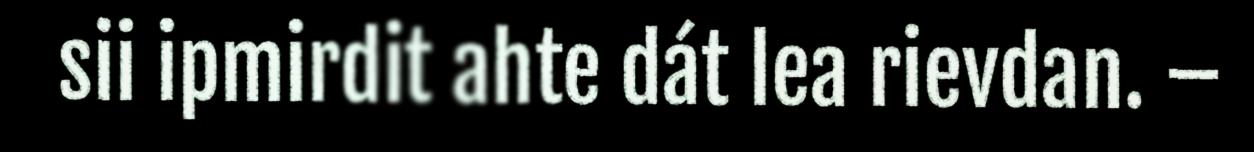
sii ipmirdit ahte dát lea rievdan. –